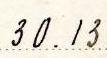
30.13